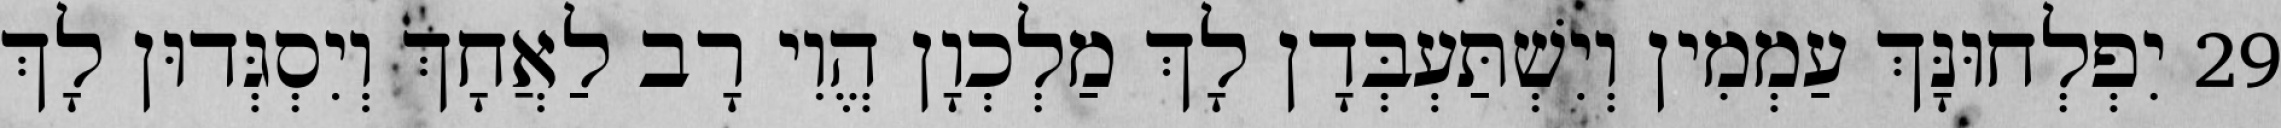
29 יִפְלְחוּנָּךְ עַמְמִין וְיִשְׁתַּעְבְּדָן לָךְ מַלְכְוָן הֱוִי רָב לַאֲחָךְ וְיִסְגְּדוּן לָךְ